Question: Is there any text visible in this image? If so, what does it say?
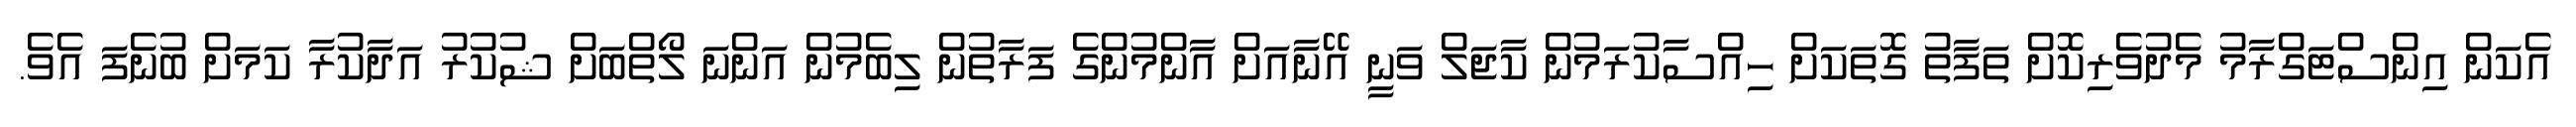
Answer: އެކަން އިންސްޓަގްރާމު މެދުވެރިކޮށް ތަފާތު ގޮތަކަށް ހިއްސާކުރަމުން ކާޖަލް ވަނީ އޭނާއަށް އާންމުންގެ ފަރާތުން ލިބެމުން އަންނަ ލޯތްބަށް ޝުކުރު އަދާކުރާ ކަމަށް ބުނެފަ އެވެ.